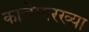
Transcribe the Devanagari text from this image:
काचेसारख्या